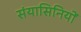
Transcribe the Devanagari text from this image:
संयासिनियों